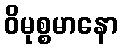
ဝိမုစ္စမာနော